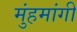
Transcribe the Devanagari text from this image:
मुंहमांगी